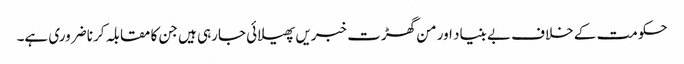
حکومت کے خلاف بے بنیاد اور من گھڑت خبریں پھیلائی جارہی ہیں جن کا مقابلہ کرنا ضروری ہے۔